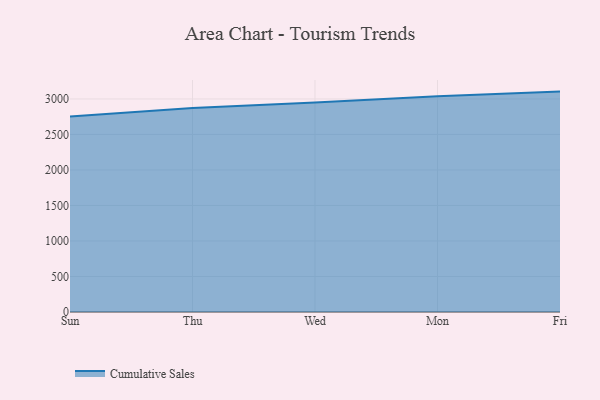
{"axis": {"x": "Day", "y": "Backlog"}, "legend": ["Cumulative Sales"], "data": [{"x": "Sun", "y": 2753.1, "type": "Cumulative Sales"}, {"x": "Thu", "y": 2873.6, "type": "Cumulative Sales"}, {"x": "Wed", "y": 2951.3, "type": "Cumulative Sales"}, {"x": "Mon", "y": 3036.8, "type": "Cumulative Sales"}, {"x": "Fri", "y": 3103.5, "type": "Cumulative Sales"}]}